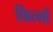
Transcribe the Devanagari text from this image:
फित्मों